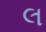
લ